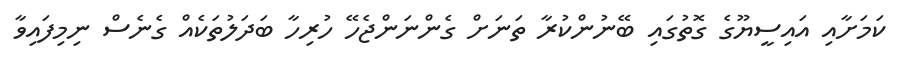
ކަމަށާއި އައިސީޔޫގެ ގޮތުގައި ބޭނުންކުރާ ތަނަށް ގެންނަންޖެހޭ ހުރިހާ ބަދަލުތަކެއް ގެނެސް ނިމިފައިވާ